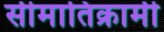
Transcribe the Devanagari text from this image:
सीमातिक्रामी